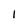
Character: l